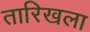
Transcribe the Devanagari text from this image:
तारिखला